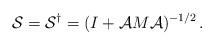
LaTeX: \begin{align*}{\cal S} = {\cal S}^\dagger = (I + {\cal A}M {\cal A} )^{-1/2} \, .\end{align*}